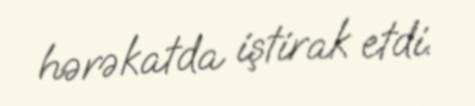
hərəkatda iştirak etdi.